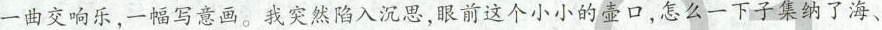
一曲交响乐，一幅写意画。我突然陷入沉思，眼前这个小小的壶口，怎么一下子集纳了海、